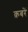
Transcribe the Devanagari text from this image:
क़बरें